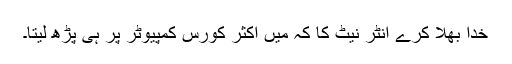
خدا بھلا کرے انٹر نیٹ کا کہ میں اکثر کورس کمپیوٹر پر ہی پڑھ لیتا۔